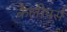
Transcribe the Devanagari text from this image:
कैलीपर्स